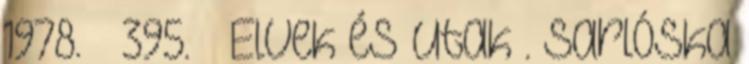
1978. – 395. – Elvek és utak . Sarlóska